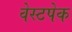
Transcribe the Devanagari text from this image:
वेस्टपेक